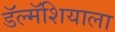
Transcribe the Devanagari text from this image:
डॅल्मॅशियाला